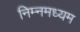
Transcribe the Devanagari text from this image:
निम्नमध्यम